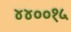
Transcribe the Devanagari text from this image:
४४००१५